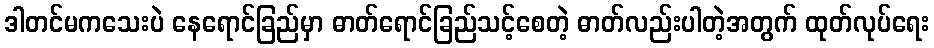
ဒါတင်မကသေးပဲ နေရောင်ခြည်မှာ ဓာတ်ရောင်ခြည်သင့်စေတဲ့ ဓာတ်လည်းပါတဲ့အတွက် ထုတ်လုပ်ရေး